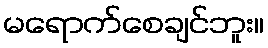
မရောက်စေချင်ဘူး။